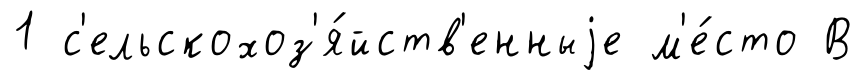
1 с'ельскохоз'я́йств'енныjе м'е́сто В